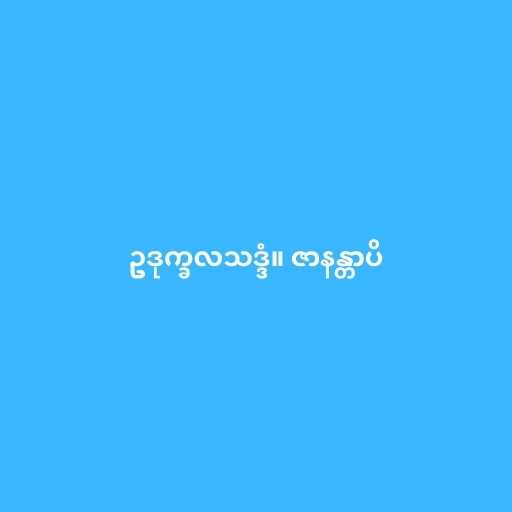
ဥဒုက္ခလသဒ္ဒံ။ ဇာနန္တာပိ